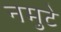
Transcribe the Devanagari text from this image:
नमुटे